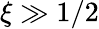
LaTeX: \xi\gg 1/2